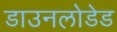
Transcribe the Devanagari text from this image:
डाउनलोडेड